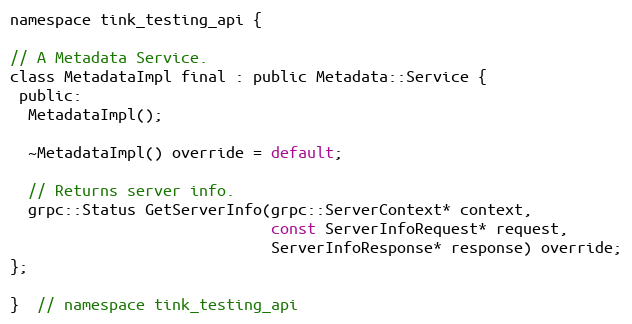
Language: C
namespace tink_testing_api {

// A Metadata Service.
class MetadataImpl final : public Metadata::Service {
 public:
  MetadataImpl();

  ~MetadataImpl() override = default;

  // Returns server info.
  grpc::Status GetServerInfo(grpc::ServerContext* context,
                             const ServerInfoRequest* request,
                             ServerInfoResponse* response) override;
};

}  // namespace tink_testing_api